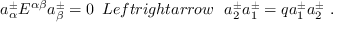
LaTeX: a _ { \alpha } ^ { \pm } { \cal E } ^ { \alpha \beta } a _ { \beta } ^ { \pm } = 0 \ \, L e f t r i g h t a r r o w \ \ a _ { 2 } ^ { \pm } a _ { 1 } ^ { \pm } = q a _ { 1 } ^ { \pm } a _ { 2 } ^ { \pm } \ .